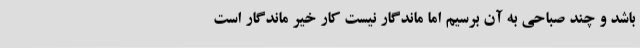
باشد و چند صباحی به آن برسیم اما ماندگار نیست کار خیر ماندگار است